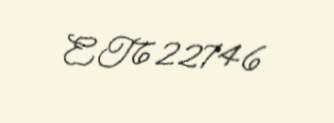
ET622746